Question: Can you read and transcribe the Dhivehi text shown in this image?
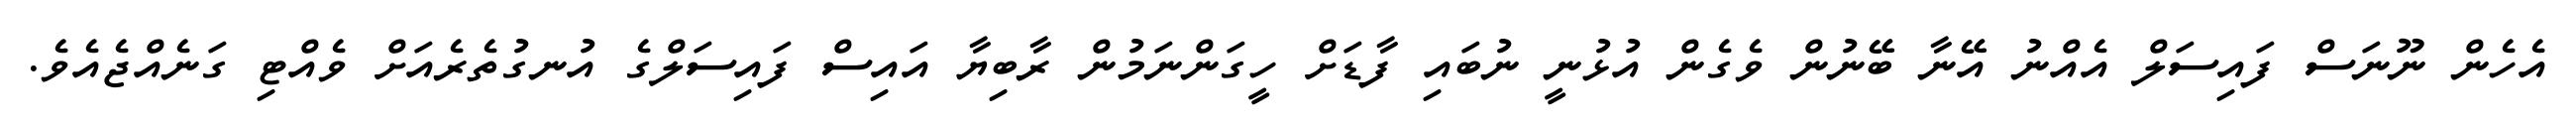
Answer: އެހެން ނޫނަސް ފައިސަލް އެއްނު އޭނާ ބޭނުން ވެގެން އުޅުނީ ނުބައި ފާޑަށް ހީގަންނަމުން ރާބިޔާ އައިސް ފައިސަލްގެ އުނގުތެރެއަށް ވެއްޓި ގަނެއްޖެއެވެ.